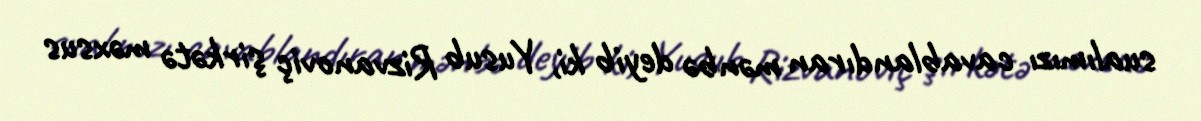
sualımızı cavablandıran mənbə deyib ki, Yusub Rizvanoviç şirkətə məxsus